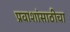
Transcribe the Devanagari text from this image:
प्रवाशांसाठीचा